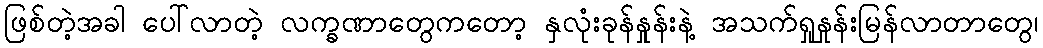
ဖြစ်တဲ့အခါ ပေါ်လာတဲ့ လက္ခဏာတွေကတော့ နှလုံးခုန်နှုန်းနဲ့ အသက်ရှုနှုန်းမြန်လာတာတွေ၊